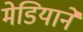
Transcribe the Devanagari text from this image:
मेडियाने